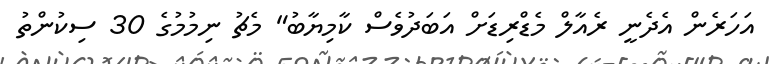
އަހަރެން އެދެނީ ރެއާލް މެޑްރިޑަށް އަބަދުވެސް ކާމިޔާބު" މެޗު ނިމުމުގެ 30 ސިކުންތު